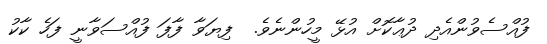
ފުއްސެވުންއެދި ދުޢާކޮށް އުޅޭ މީހުންނެވެ.  ފިޔަވާ ފާފަ ފުއްސަވާނީ ފަހެ ކާކު